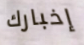
إخبارك